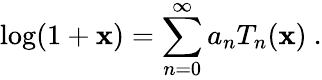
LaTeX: \log(1+\mathbf{x})=\sum_{n=0}^{\infty}a_{n}T_{n}(\mathbf{x})~.